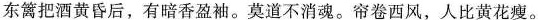
东篱把酒黄昏后，有暗香盈袖。莫道不消魂。帘卷西风，人比黄花瘦。